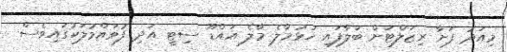
މިއަދު ފަށާ ރިޒަލްޓަށް ބަލާފައި ހުޅުމާލެ މާލެ އައްޑޫ ސިޓީ އަދި ފުވައްމުލަކުގައިވެސް